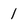
Character: 1